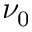
\nu _ { 0 }